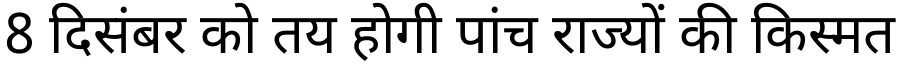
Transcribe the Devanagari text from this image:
8 दिसंबर को तय होगी पांच राज्यों की किस्मत